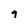
Character: g